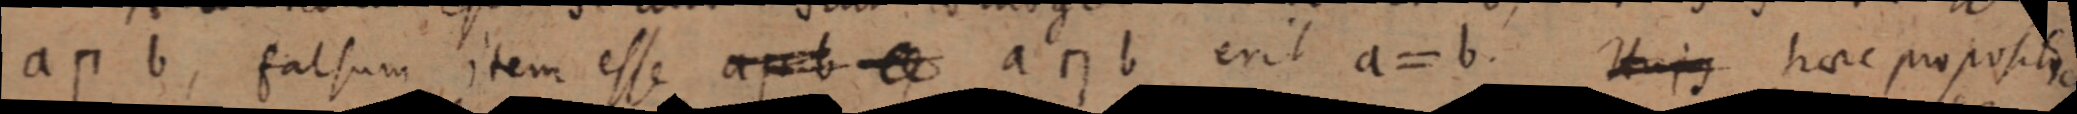
a п b, falsum item esse a п b _ a п b erit a = b. Hujus haec propositio